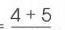
$=\frac{4 + 5}{}$